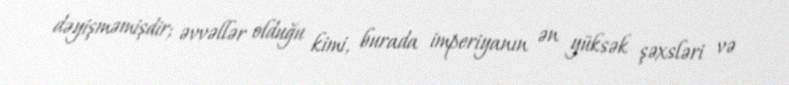
dəyişməmişdir; əvvəllər olduğu kimi, burada imperiyanın ən yüksək şəxsləri və